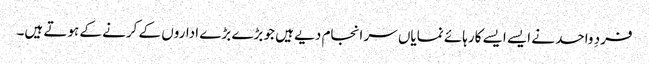
فردِ واحد نے ایسے ایسے کارہائے نمایاں سر انجام دیے ہیں جو بڑے بڑے اداروں کے کرنے کے ہوتے ہیں۔